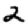
Digit: 2